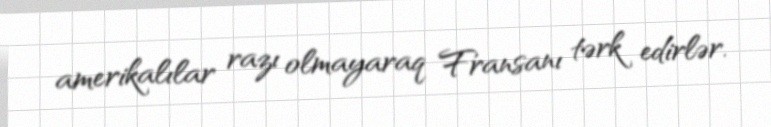
amerikalılar razı olmayaraq Fransanı tərk edirlər.